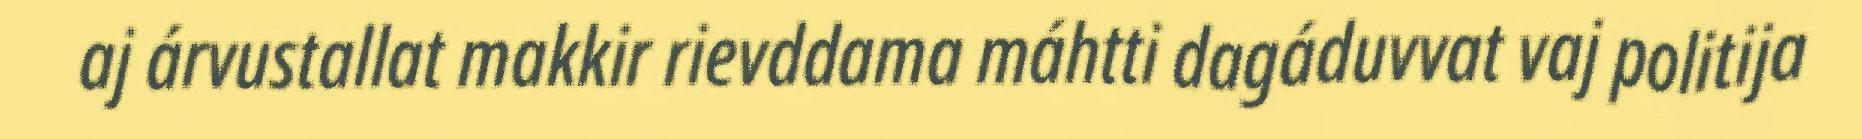
aj árvustallat makkir rievddama máhtti dagáduvvat vaj politija